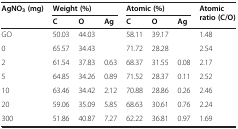
<table><thead><tr><td><b>AgNO<sub>3 </sub>(mg)</b></td><td colspan="3"><b>Weight (%)</b></td><td colspan="3"><b>Atomic (%)</b></td><td><b>Atomic ratio (C/O)</b></td></tr><tr><td><b> </b></td><td><b>C</b></td><td><b>O</b></td><td><b>Ag</b></td><td><b>C</b></td><td><b>O</b></td><td><b>Ag</b></td><td><b> </b></td></tr></thead><tbody><tr><td>GO</td><td>50.03</td><td>44.03</td><td> </td><td>58.11</td><td>39.17</td><td> </td><td>1.48</td></tr><tr><td>0</td><td>65.57</td><td>34.43</td><td> </td><td>71.72</td><td>28.28</td><td> </td><td>2.54</td></tr><tr><td>2</td><td>61.54</td><td>37.83</td><td>0.63</td><td>68.37</td><td>31.55</td><td>0.08</td><td>2.17</td></tr><tr><td>5</td><td>64.85</td><td>34.26</td><td>0.89</td><td>71.52</td><td>28.37</td><td>0.11</td><td>2.52</td></tr><tr><td>10</td><td>63.46</td><td>34.42</td><td>2.12</td><td>70.88</td><td>28.86</td><td>0.26</td><td>2.46</td></tr><tr><td>20</td><td>59.06</td><td>35.09</td><td>5.85</td><td>68.63</td><td>30.61</td><td>0.76</td><td>2.24</td></tr><tr><td>300</td><td>51.86</td><td>40.87</td><td>7.27</td><td>62.22</td><td>36.81</td><td>0.97</td><td>1.69</td></tr></tbody></table>